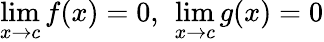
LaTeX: \operatorname*{lim}_{x\to c}f(x)=0,\ \operatorname*{lim}_{x\to c}g(x)=0